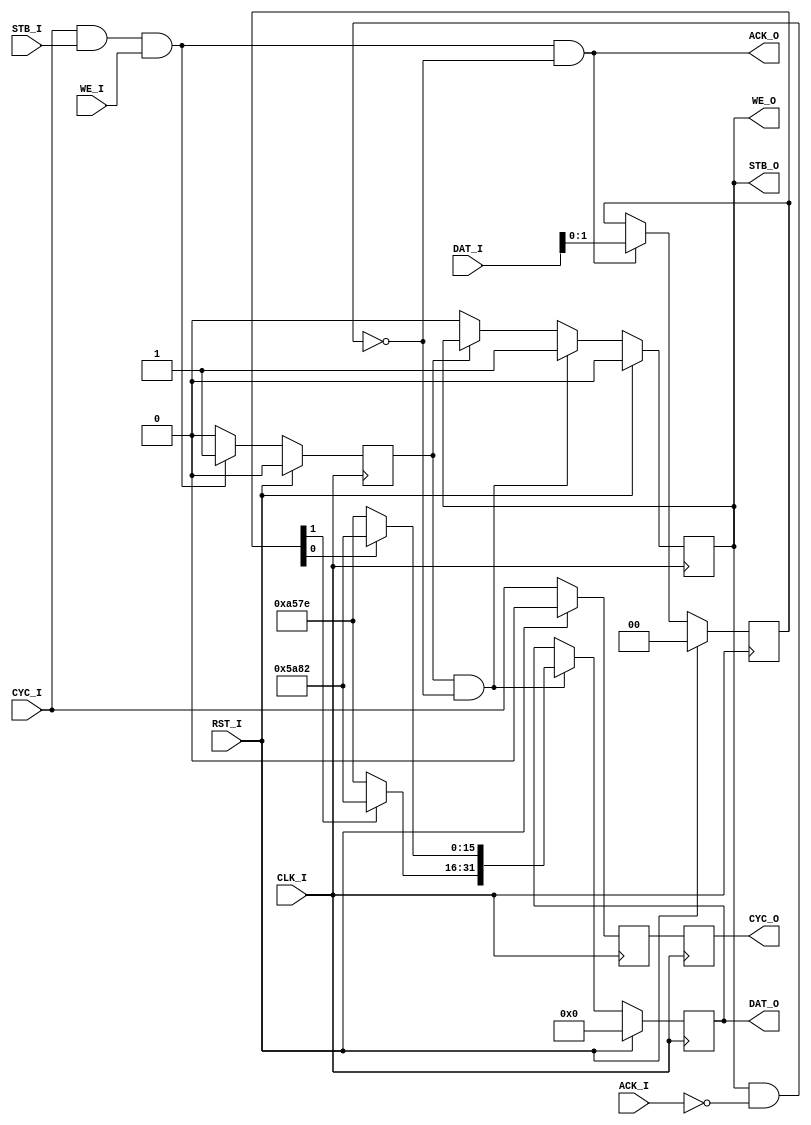
`timescale 1ns / 1ps
//////////////////////////////////////////////////////////////////////////////////
// Company: 
// Engineer: 
// 
// Design Name: 
// Module Name:    QPSK_Mod 
// Project Name: 
// Target Devices: 
// Tool versions: 
// Description: 
//
// Dependencies: 
//
// Revision: 
// Revision 0.01 - File Created
// Additional Comments: 
//
//////////////////////////////////////////////////////////////////////////////////
module QPSK_Mod(
	input 			CLK_I, RST_I,
	input [5:0] 	DAT_I,
	input 			CYC_I, WE_I, STB_I, 
	output			ACK_O,
	
	output reg [31:0]	DAT_O,
	output reg			CYC_O, STB_O,
	output				WE_O,
	input					ACK_I	
    );

reg [1:0]	idat;
reg			ival;	
wire 			out_halt, ena;

wire [15:0] 	datout_Re, datout_Im;

assign 	out_halt = STB_O & (~ACK_I);
assign 	ena 		= CYC_I & STB_I & WE_I;
assign 	ACK_O 	= ena &(~out_halt);


	
always @(posedge CLK_I) begin
	if(RST_I) 			idat<= 2'b00;
	else if(ACK_O) 	idat <= DAT_I[1:0];
end

always @(posedge CLK_I) begin
	if(RST_I) 			ival <= 1'b0;
	else if(ena)		ival <= 1'b1;
	else					ival <= 1'b0;
end

always @(posedge CLK_I)
begin
	if(RST_I)	begin
		STB_O <= 1'b0;
		DAT_O <= 32'b0;
		end
	else if(ival & (~out_halt)) begin	
		DAT_O <= {datout_Im, datout_Re};	
		STB_O <= 1'b1;
		end	
	else if(~ival) begin	
		STB_O <= 1'b0;
		end
end

reg icyc;
always @(posedge CLK_I)
begin
	if(RST_I)		icyc <= 1'b0;		
	else				icyc <= CYC_I;	
end
always @(posedge CLK_I)
begin
	if(RST_I)		CYC_O	<= icyc;			
	else 				CYC_O	<= icyc;
end

assign WE_O = STB_O;

/*
always @* begin	
	case(idat)
		2'b11: begin
				datout_Re  <= 16'h7FFF;
				datout_Im  <= 16'h7FFF;
				 end
		2'b10: begin
				datout_Re  <= 16'h8001;
				datout_Im  <= 16'h7FFF;
				 end
		2'b01: begin
				datout_Re  <= 16'h7FFF;
				datout_Im  <= 16'h8001;
				 end
		2'b00: begin
				datout_Re  <= 16'h8001;
				datout_Im  <= 16'h8001;
				 end
		default: begin
				datout_Re  <= 16'hxxxx;
				datout_Im  <= 16'hxxxx;
				 end
		endcase
end
*/
assign datout_Im = (idat[1])?16'h5A82:16'hA57E;
assign datout_Re = (idat[0])?16'h5A82:16'hA57E;
endmodule